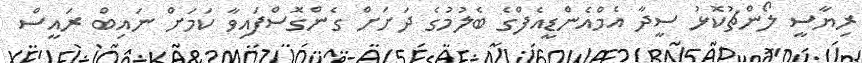
ރިޔާސީ ލޯންޗުކޮޅު ސީދާ އެމްއެންޑީއެފްގެ ބެލުމުގެ ދަށަށް ގެންގޮސްފައިވާ ކަމަށް ނައިބް ރައީސް